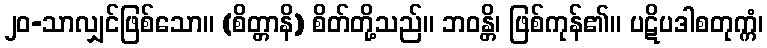
၂၀-သာလျှင်ဖြစ်သော။ (စိတ္တာနိ) စိတ်တို့သည်။ ဘဝန္တိ၊ ဖြစ်ကုန်၏။ ပဋိပဒါစတုက္ကံ၊